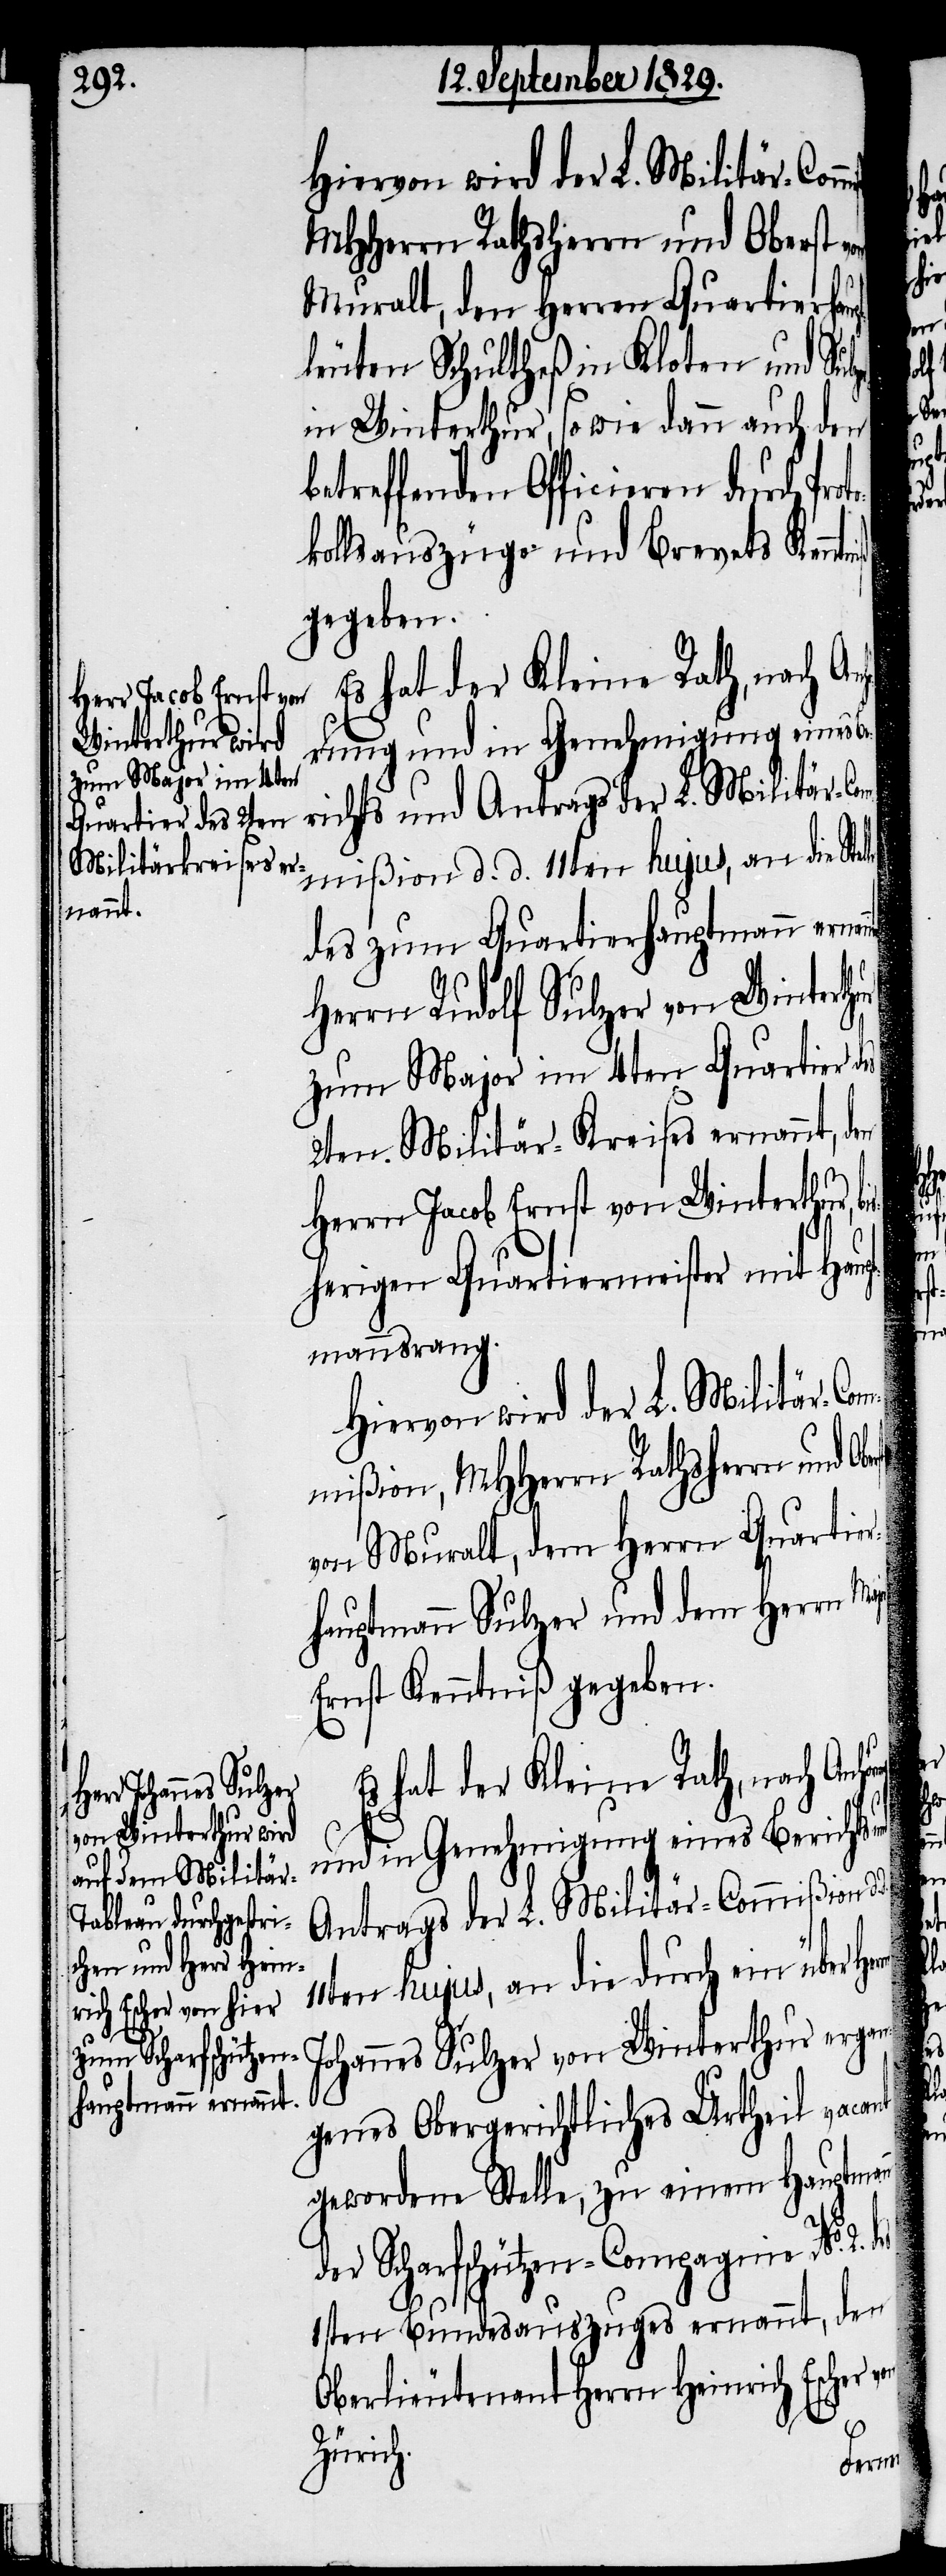
Muralt, den Herren Quartierhau¬
leuten Schultheß in Kloten und Sul¬
in Winterthur, so wie dann auch den
betreffenden Officieren durch Pro¬
kollsauszüge und Brevets Ken¬
gegeben.
rung und in Genehmigung eines
richts und Antrags der L. Militär-Co¬
mmißion d. d. 11ten hujus, an die Stel¬
des zum Quartierhauptmann ernan¬
Herrn Rudolf Sulzer von Winterthur
zum Major im 4ten Quartier des
2ten Militär-Kreises ernannt, den
d.
Herrn Jacob Ernst von Winterthur,
sherigen Quartiermeister mit Haup¬
tmannsrang.
Hiervon wird der L. Militär-Co¬
mmißion, MHHerrn Rathsherrn und Ob¬
von Muralt, dem Herrn Quartie¬
rhauptmann Sulzer und dem Herrn Ma¬
Ernst Kenntniß gegeben.
Es hat der Kleine Rath, nach Anhö¬
und in Genehmigung eines Berichts
Antrags der L. Militär-Commißion
11ten hujus, an die durch ein über
Johannes Sulzer von Winterthur erga¬
ngenes Obergerichtliches Urtheil vacant
gewordene Stelle, zu einem Hauptman¬
n
der Scharfschützen-Compagnie No.
1sten Bundesauszuges ernannt, den
Oberlieutenant Herrn Heinrich Escher
Zürich.
rung

2.

des
jor
von

und
bi¬